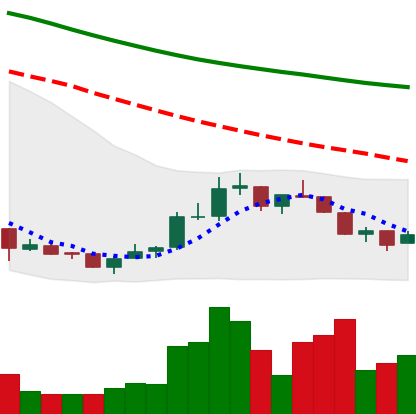
Ticker: NEO-USD
Chart end date: 2018-07-13
Forward return: 13.14%
Label: up_7plus